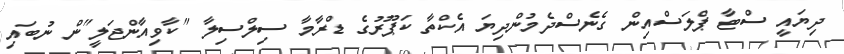
ދިޔައީ ސްޓާ ޕްލަސްއިން ގެނެސްދެމުންދިޔަ އެކްތާ ކަޕޫރުގެ ޑްރާމާ ސިލްސިލާ "ކާވިއާންޖަލީ"ން ނުބައި